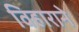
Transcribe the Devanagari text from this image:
विहाराने